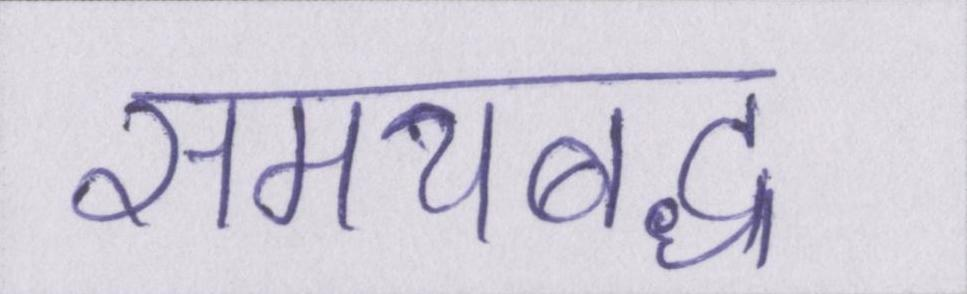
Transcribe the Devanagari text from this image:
समयबद्ध